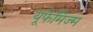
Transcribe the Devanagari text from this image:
यूफेमिज्म